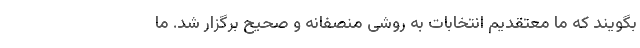
بگویند که ما معتقدیم انتخابات به روشی منصفانه و صحیح برگزار شد. ما